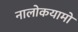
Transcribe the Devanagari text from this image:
नालोकयामो